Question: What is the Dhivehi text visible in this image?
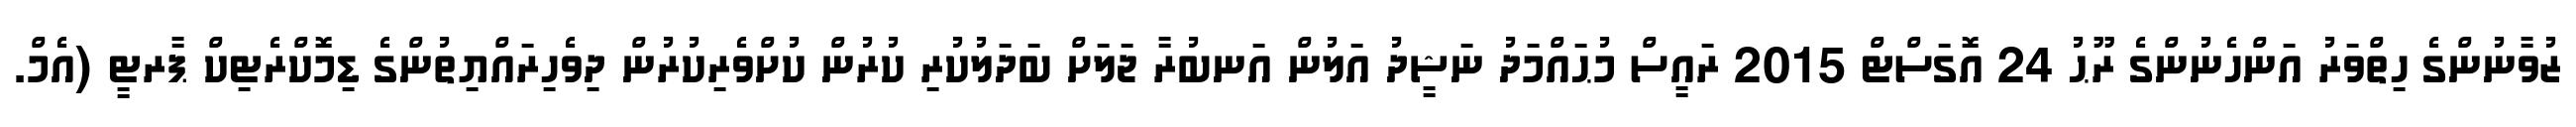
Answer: ޒުވާނުންގެ ހިތްވަރު އަންހެނުންގެ ރޫޙު 24 އޮގަސްޓް 2015 ރައީސް މުޙައްމަދު ނަޝީދު އަލުން އަނބުރާ ޖަލަށް ބަދަލުކުރި ކުރުން ކުށްވެރިކުރުން ދިވެހިރައްޔިތުންގެ ޑިމޮކްރެޓިކް ޕާރޓީ (އެމް.